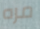
مره